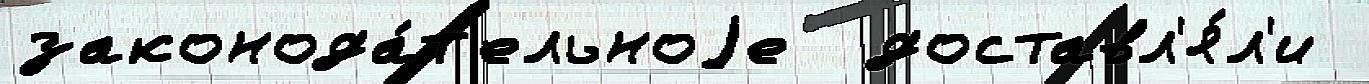
законода́т'ельноjе  доставл'я́л'и